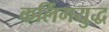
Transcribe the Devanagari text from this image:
कलिंगयुद्ध